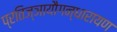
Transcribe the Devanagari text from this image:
प्रतिज्ञायौगन्धारायण